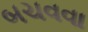
બચવવા